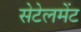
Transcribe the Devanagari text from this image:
सेटेलमेंट